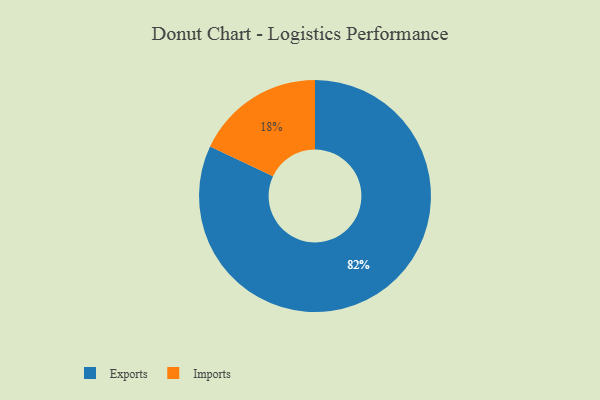
{"axis": {"x": "Category", "y": "Percentage"}, "legend": ["Exports", "Imports"], "data": [{"x": "Imports", "y": 18, "type": "Imports"}, {"x": "Exports", "y": 82, "type": "Exports"}]}